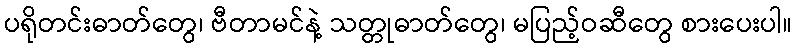
ပရိုတင်းဓာတ်တွေ၊ ဗီတာမင်နဲ့ သတ္တုဓာတ်တွေ၊ မပြည့်ဝဆီတွေ စားပေးပါ။